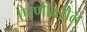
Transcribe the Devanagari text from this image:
ऐरणीवरील